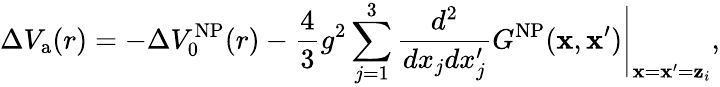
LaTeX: \Delta V_{\mathrm{a}}(r)=-\Delta V_{0}^{\mathrm{NP}}(r)-{\frac{4}{3}}g^{2}\sum_{j=1}^{3}{\frac{d^{2}}{dx_{j}dx_{j}^{\prime}}}G^{\mathrm{NP}}({\mathbf x},{\mathbf x}^{\prime})\Bigg\vert_{{\mathbf x}={\mathbf x}^{\prime}={\mathbf z}_{i}},